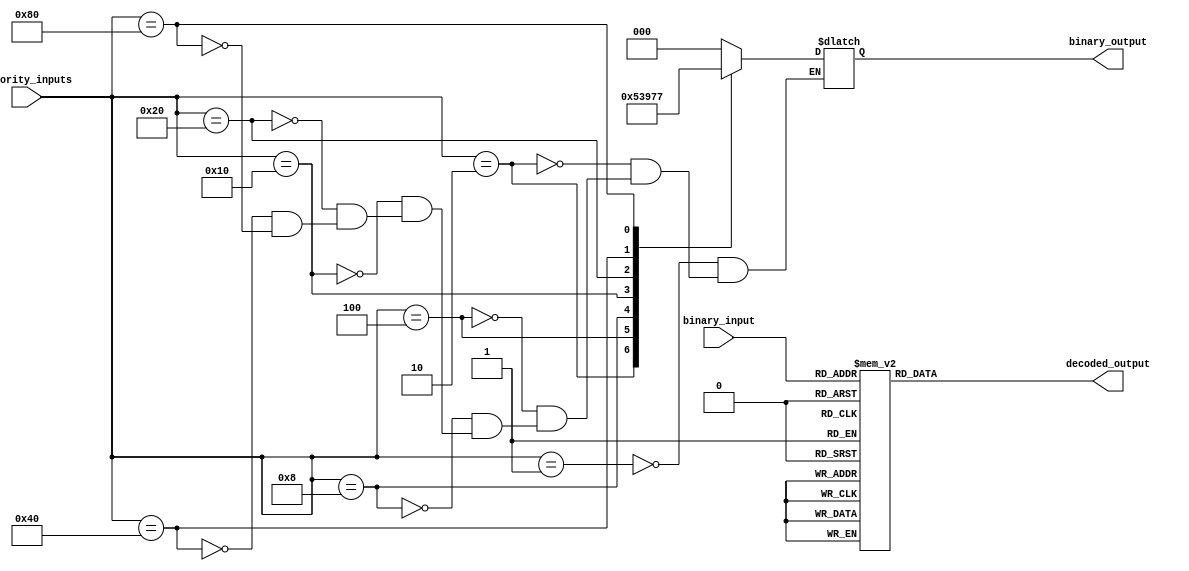
module Priority_Encoder_Decoder (
    input [7:0] priority_inputs,
    output reg [2:0] binary_output,
    input [2:0] binary_input,
    output reg [7:0] decoded_output
);

always @(*) begin
    case (priority_inputs)
        8'b00000001: binary_output = 3'b000;
        8'b00000010: binary_output = 3'b001;
        8'b00000100: binary_output = 3'b010;
        8'b00001000: binary_output = 3'b011;
        8'b00010000: binary_output = 3'b100;
        8'b00100000: binary_output = 3'b101;
        8'b01000000: binary_output = 3'b110;
        8'b10000000: binary_output = 3'b111;
    endcase
end

always @(*) begin
    case (binary_input)
        3'b000: decoded_output = 8'b00000001;
        3'b001: decoded_output = 8'b00000010;
        3'b010: decoded_output = 8'b00000100;
        3'b011: decoded_output = 8'b00001000;
        3'b100: decoded_output = 8'b00010000;
        3'b101: decoded_output = 8'b00100000;
        3'b110: decoded_output = 8'b01000000;
        3'b111: decoded_output = 8'b10000000;
    endcase
end

endmodule